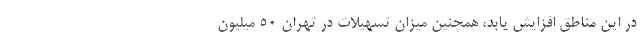
در این مناطق افزایش یابد، همچنین میزان تسهیلات در تهران ۵۰ میلیون